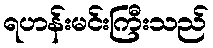
ရဟန်းမင်းကြီးသည်